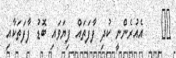
٣٣    އެއުރެންނީ ކުދި ފާފަތައް ފިޔަވައި ބޮޑު ފާފަތަކާއި